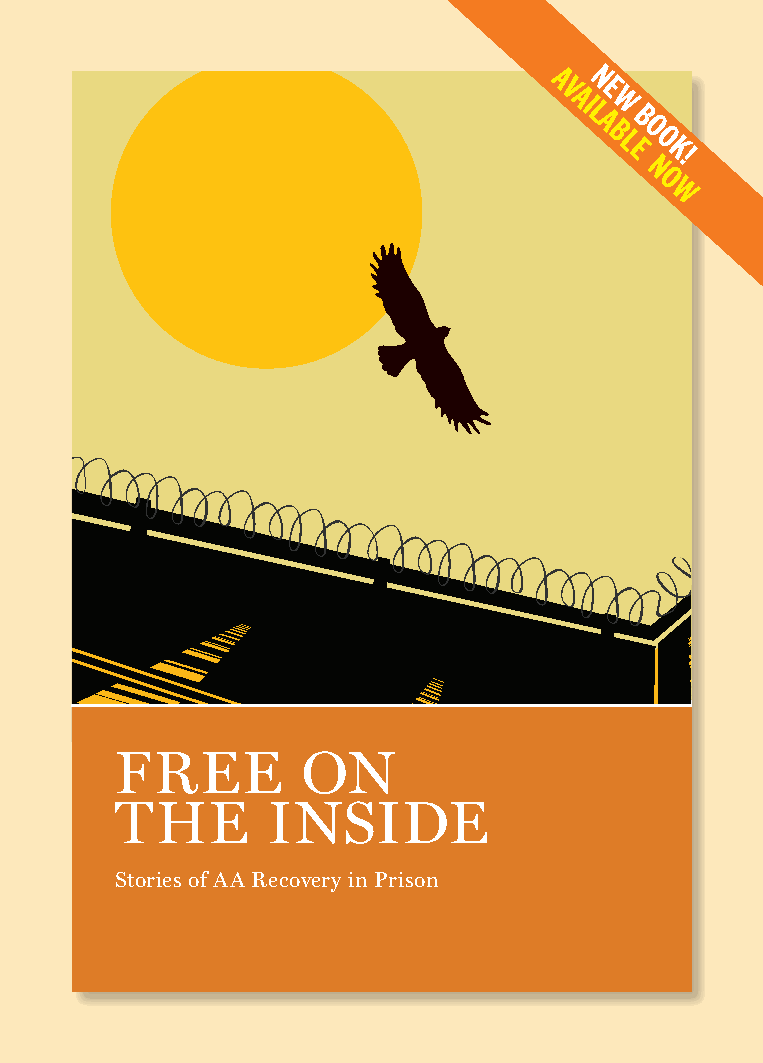
AN
 V  E
 AI
 L A
 BW
 B O
 LO
 E NK!
 God grant me the serenity to accept the things O
 W
 I cannot change, courage to change the things I can,
 and wisdom to know the difference.
 EXCERPTS FROM FREE ON THE INSIDE
 “A A has given me the opportunity to make amends to my
 victims, my victims’ families and to the community I have
 taken so much from.…Without AA, I ran my life ragged, into
 darkness. With AA, I finally found myself surrounded with
 ”
 people who love me.
 —ELIAS L., “LEARNING TO LOVE”
 “M y family has forgiven me, and my 7-year-old daughter and
 I are best friends again. I love the woman I have become.
 I look in the mirror and love who looks back at me now….
 Working with others and doing the next right thing gives me
 ”
 joy. Thank God there is a solution.
 —ANONYMOUS, “A LETTER FROM PRISON”
 Free on the Inside features 50+ powerful stories by sober FREE ON
 members of Alcoholics Anonymous who have experienced AA
 in prison—while either currently serving, formerly incarcerated,
 or as outside AA members carrying the message inside. Carrying THE INSIDE
 the message of recovery into institutions has long been a critically
 important aspect of service in AA. Chapters include: fi nding
 AA in prison, staying sober inside, women helping one another,
 working the Twelve Steps, sponsorship and carrying the AA Stories of AA Recovery in Prison
 message into prisons. Great for alcoholics looking for recovery
 in prison and for those who want to help them.
 AAGRAPEVINE
 475 Riverside Drive, New York, NY 10115
 www.aagrapevine.org Printed in Canada
 PPrriissoonn__22__1122__vv11bb..iinndddd 11 22//1166//2211 11::1144 PPMM
 9781938642951
 51150>
 ISBN
 978-1-938642-95-1
 $11.50
 FREE
 ON
 THE
 INSIDE
 AAGRAPEVINE